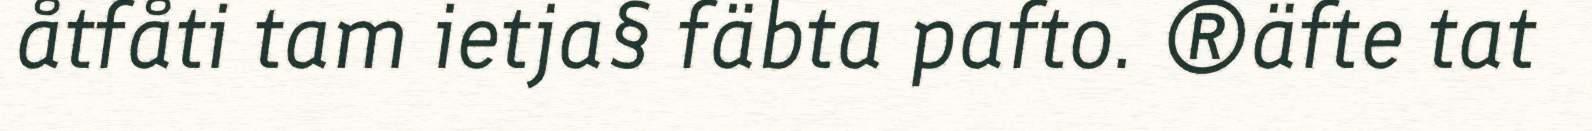
åtfåti tam ietja§ fäbta pafto. ®äfte tat